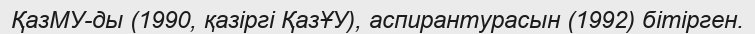
ҚазМУ-ды (1990, қазіргі ҚазҰУ), аспирантурасын (1992) бітірген.